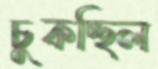
চুকচ্ছিল